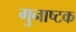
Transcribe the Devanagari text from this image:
गुनाष्टक